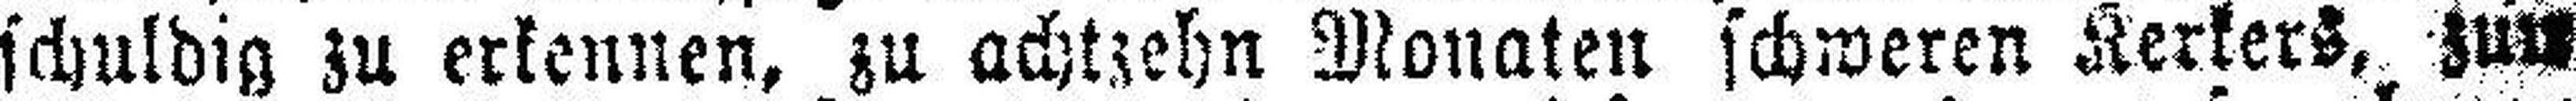
schuldig zu erkennen, zu achtzehn Monaten schweren Kerkers, zum